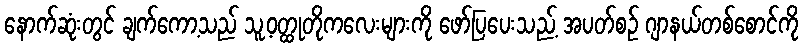
နောက်ဆုံးတွင် ချက်ကော့သည် သူ့ဝတ္ထုတိုကလေးများကို ဖော်ပြပေးသည့် အပတ်စဉ် ဂျာနယ်တစ်စောင်ကို